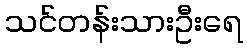
သင်တန်းသားဦးရေ